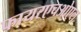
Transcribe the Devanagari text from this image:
फायरएचओएल